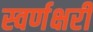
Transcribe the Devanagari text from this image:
स्वर्णक्षरी